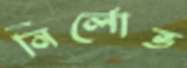
নির্লোভ